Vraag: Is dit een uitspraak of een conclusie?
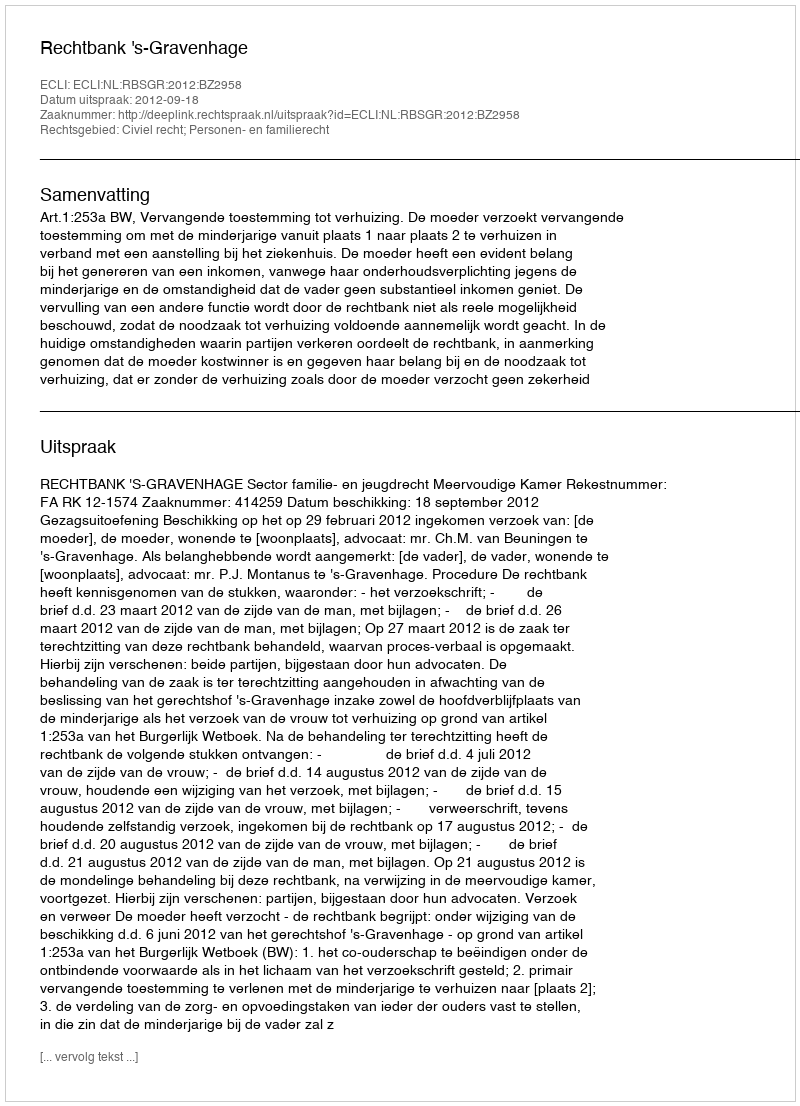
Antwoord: Uitspraak